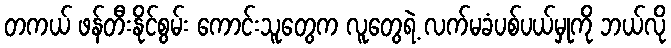
တကယ် ဖန်တီးနိုင်စွမ်း ကောင်းသူတွေက လူတွေရဲ့ လက်မခံပစ်ပယ်မှုကို ဘယ်လို